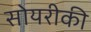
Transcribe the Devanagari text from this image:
सोयरीकी